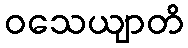
ဝသေယျာတိ